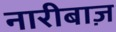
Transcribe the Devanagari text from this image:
नारीबाज़